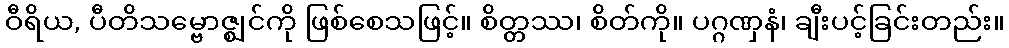
ဝီရိယ, ပီတိသမ္ဗောဇ္ဈင်ကို ဖြစ်စေသဖြင့်။ စိတ္တဿ၊ စိတ်ကို။ ပဂ္ဂဏှနံ၊ ချီးပင့်ခြင်းတည်း။